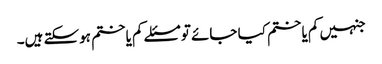
جنہیں کم یا ختم کیا جائے تو مسئلے کم یا ختم ہوسکتے ہیں۔